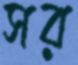
সর